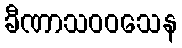
ခီဏာသဝဝသေန